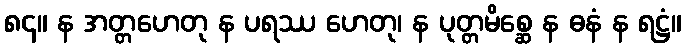
၈၄။ န အတ္တဟေတု န ပရဿ ဟေတု၊ န ပုတ္တမိစ္ဆေ န ဓနံ န ရဋ္ဌံ။